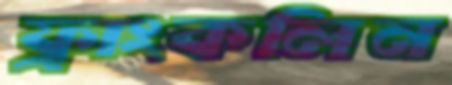
ফ্রাংকলিন